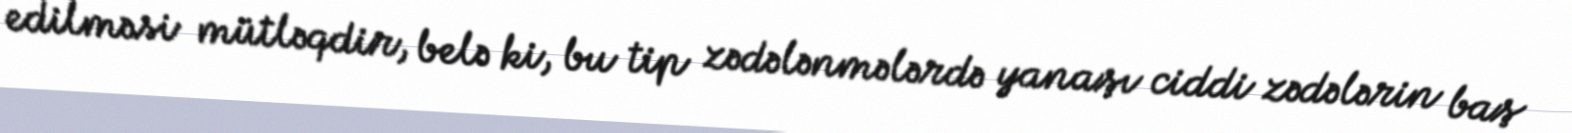
edilməsi mütləqdir, belə ki, bu tip zədələnmələrdə yanaşı ciddi zədələrin baş